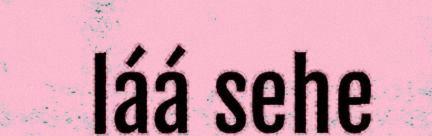
láá sehe